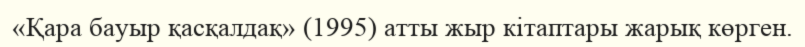
«Қара бауыр қасқалдақ» (1995) атты жыр кітаптары жарық көрген.